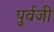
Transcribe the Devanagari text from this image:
पुर्वजी